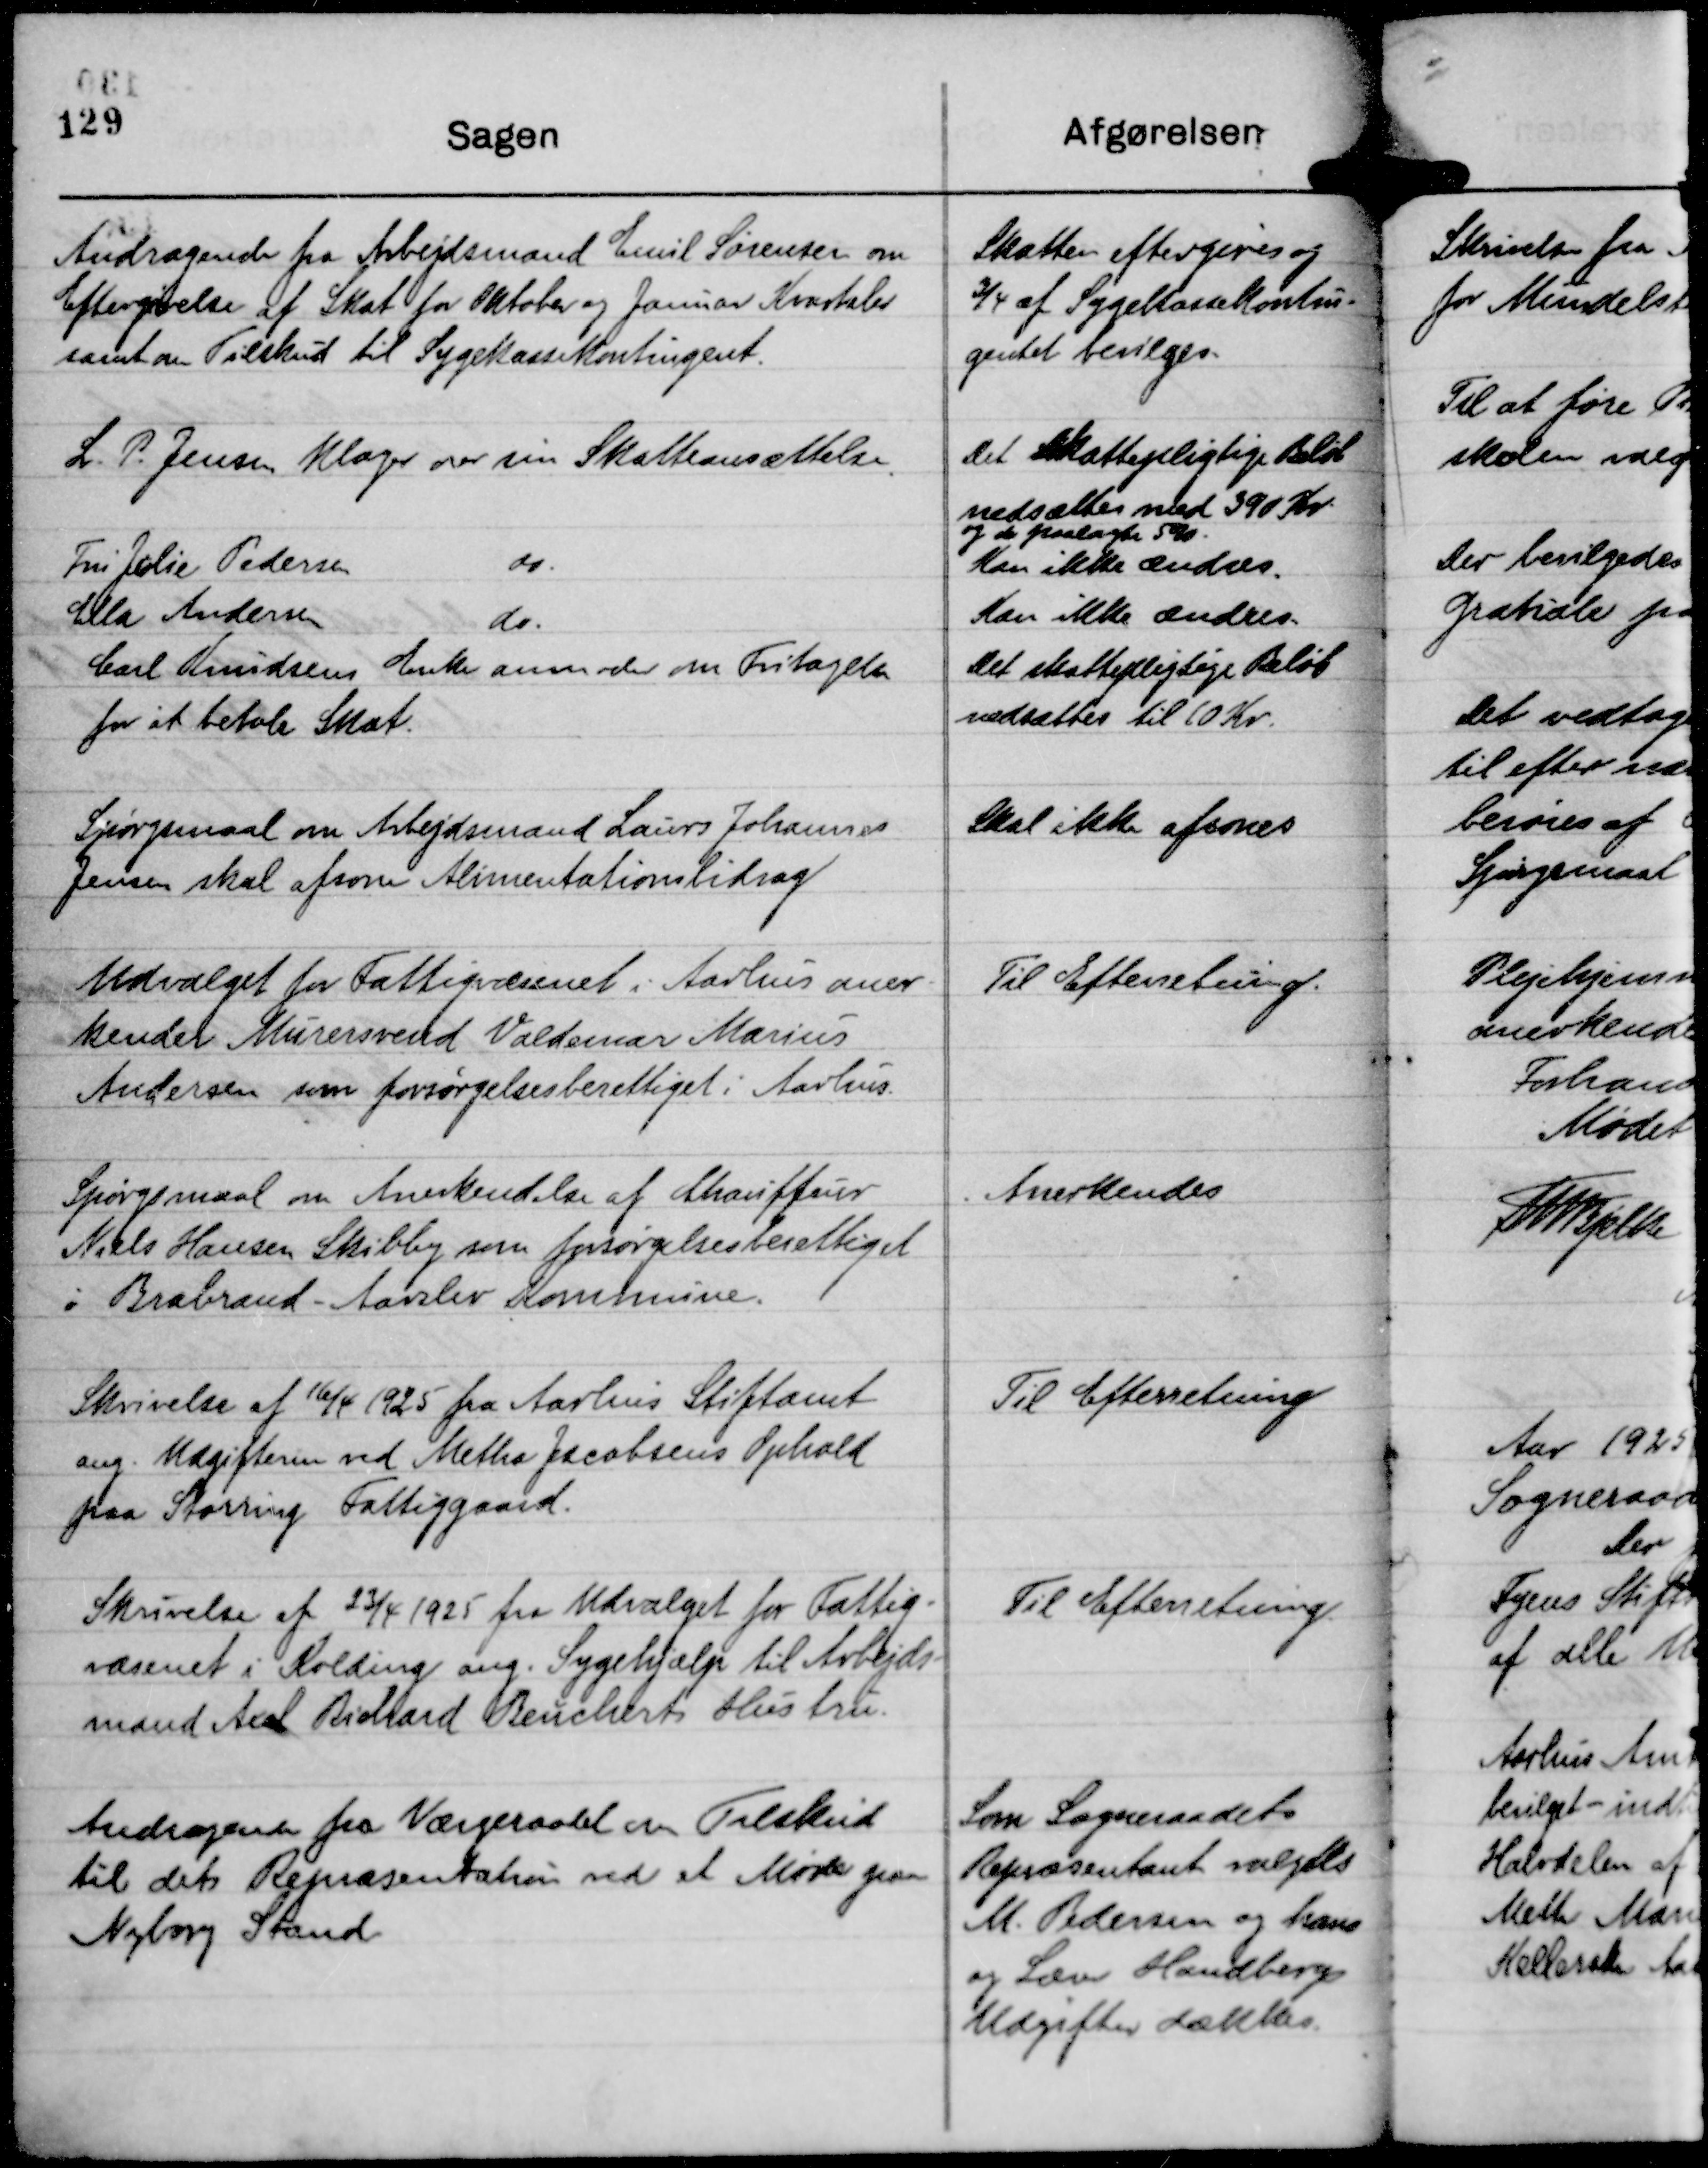
Transskription:
Andragende fra Arbejdsmand Emil Sørensen om
Eftergivelse af Skat for Oktober og Januar Kvartaler
samt om Tilskud til Sygekassekontingent.

Skatten eftergives og
¾ af Sygekassekontin-
gentet bevilges.

Spørgsmaal om Arbejdsmand Laurs Johannes
Jensen skal afsone Alimentationsbidrag

Skal ikke afsones

Udvalget for Fattigvæsenet i Aarhus aner-
kender Murersvend Valdemar Marius
Andersen som forsørgelsesberettiget i Aarhus.

Til Efterretning.

Spørgsmaal om Anerkendelse af Chauffeur
Niels Hansen Skibby som forsørgelsesberettiget
i Brabrand-Aarslev Kommune.

Anerkendes

Skrivelse af 16/4 1925 fra Aarhus Stiftamt
ang. Udgifterne ved Metha Jacobsens Ophold
paa Storring Fattiggaard.

Til Efterretning

Skrivelse af 23/4 1925 fra Udvalget for Fattig-
væsenet i Kolding ang. Sygehjælp til Arbejds-
mand Axel Richard Beucherts Hustru.

Til Efterretning

Andragende fra Værgeraadet om Tilskud
til dets Repræsentation ved et Møde paa
Nyborg Strand

Som Sogneraadets
Repræsentant valgtes
M. Pedersen og hans
og Lærer Handbergs
Udgifter dækkes.